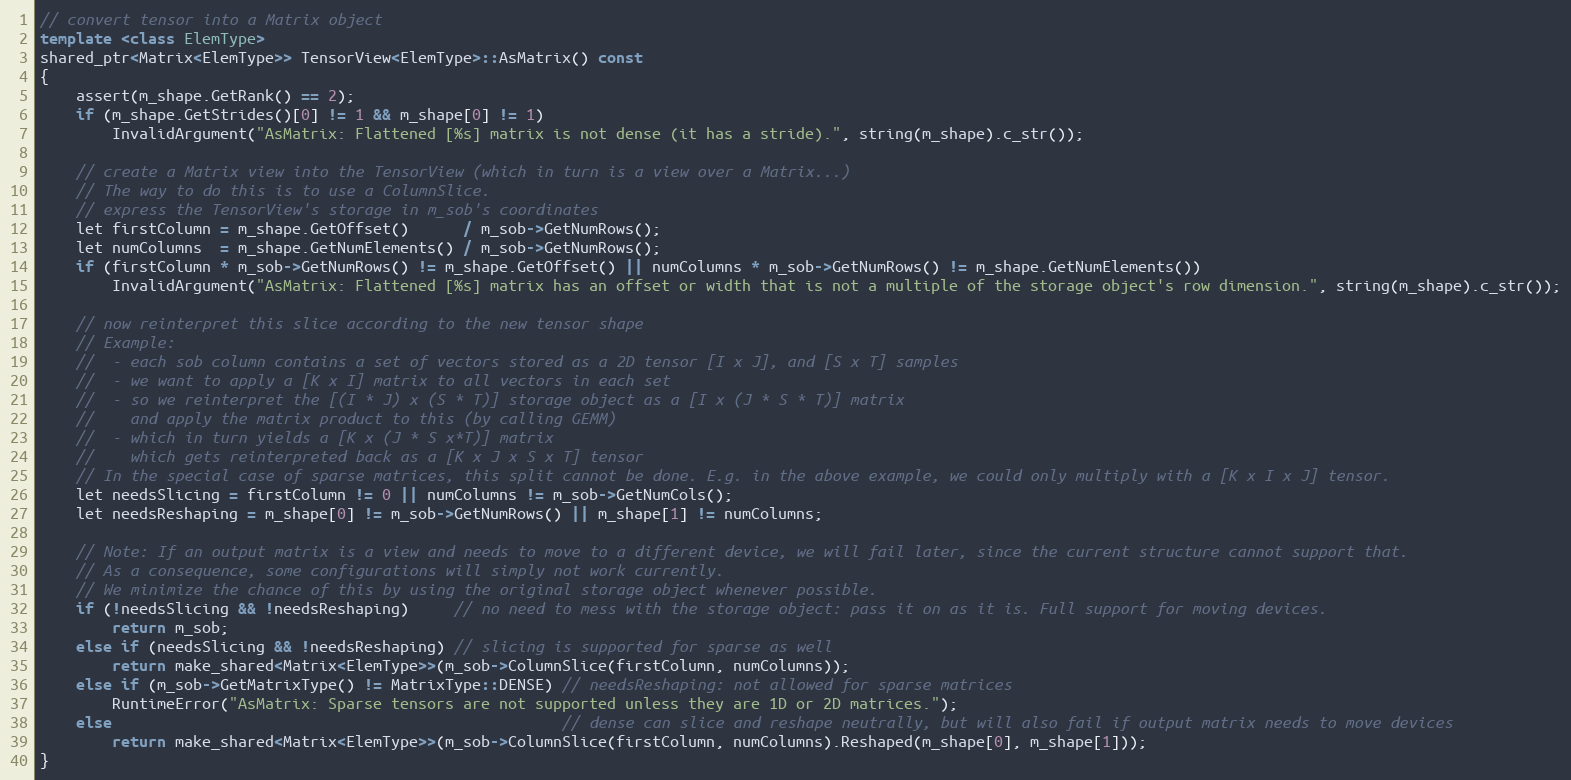
Language: C++
// convert tensor into a Matrix object
template <class ElemType>
shared_ptr<Matrix<ElemType>> TensorView<ElemType>::AsMatrix() const
{
    assert(m_shape.GetRank() == 2);
    if (m_shape.GetStrides()[0] != 1 && m_shape[0] != 1)
        InvalidArgument("AsMatrix: Flattened [%s] matrix is not dense (it has a stride).", string(m_shape).c_str());

    // create a Matrix view into the TensorView (which in turn is a view over a Matrix...)
    // The way to do this is to use a ColumnSlice.
    // express the TensorView's storage in m_sob's coordinates
    let firstColumn = m_shape.GetOffset()      / m_sob->GetNumRows();
    let numColumns  = m_shape.GetNumElements() / m_sob->GetNumRows();
    if (firstColumn * m_sob->GetNumRows() != m_shape.GetOffset() || numColumns * m_sob->GetNumRows() != m_shape.GetNumElements())
        InvalidArgument("AsMatrix: Flattened [%s] matrix has an offset or width that is not a multiple of the storage object's row dimension.", string(m_shape).c_str());

    // now reinterpret this slice according to the new tensor shape
    // Example:
    //  - each sob column contains a set of vectors stored as a 2D tensor [I x J], and [S x T] samples
    //  - we want to apply a [K x I] matrix to all vectors in each set
    //  - so we reinterpret the [(I * J) x (S * T)] storage object as a [I x (J * S * T)] matrix
    //    and apply the matrix product to this (by calling GEMM)
    //  - which in turn yields a [K x (J * S x*T)] matrix
    //    which gets reinterpreted back as a [K x J x S x T] tensor
    // In the special case of sparse matrices, this split cannot be done. E.g. in the above example, we could only multiply with a [K x I x J] tensor.
    let needsSlicing = firstColumn != 0 || numColumns != m_sob->GetNumCols();
    let needsReshaping = m_shape[0] != m_sob->GetNumRows() || m_shape[1] != numColumns;

    // Note: If an output matrix is a view and needs to move to a different device, we will fail later, since the current structure cannot support that.
    // As a consequence, some configurations will simply not work currently.
    // We minimize the chance of this by using the original storage object whenever possible.
    if (!needsSlicing && !needsReshaping)     // no need to mess with the storage object: pass it on as it is. Full support for moving devices.
        return m_sob;
    else if (needsSlicing && !needsReshaping) // slicing is supported for sparse as well
        return make_shared<Matrix<ElemType>>(m_sob->ColumnSlice(firstColumn, numColumns));
    else if (m_sob->GetMatrixType() != MatrixType::DENSE) // needsReshaping: not allowed for sparse matrices
        RuntimeError("AsMatrix: Sparse tensors are not supported unless they are 1D or 2D matrices.");
    else                                                  // dense can slice and reshape neutrally, but will also fail if output matrix needs to move devices
        return make_shared<Matrix<ElemType>>(m_sob->ColumnSlice(firstColumn, numColumns).Reshaped(m_shape[0], m_shape[1]));
}